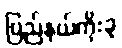
ပြည်နယ်ကိုးခု